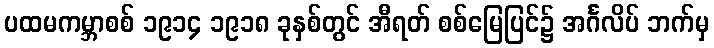
ပထမကမ္ဘာစစ် ၁၉၁၄ ၁၉၁၈ ခုနှစ်တွင် အီရတ် စစ်မြေပြင်၌ အင်္ဂလိပ် ဘက်မှ